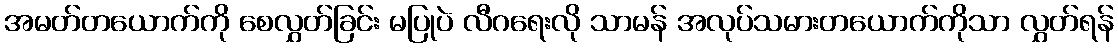
အမတ်တယောက်ကို စေလွှတ်ခြင်း မပြုပဲ လီဂရေးလို သာမန် အလုပ်သမားတယောက်ကိုသာ လွှတ်ရန်